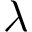
\lambda